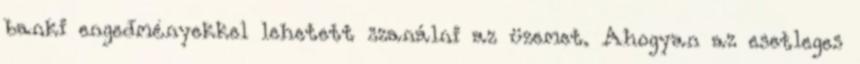
banki engedményekkel lehetett szanálni az üzemet. Ahogyan az esetleges